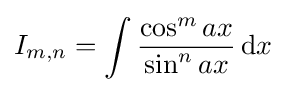
I_{m,n}=\int {\frac {\cos ^{m}{ax}}{\sin ^{n}{ax}}}\,{\text{d}}x\,\!